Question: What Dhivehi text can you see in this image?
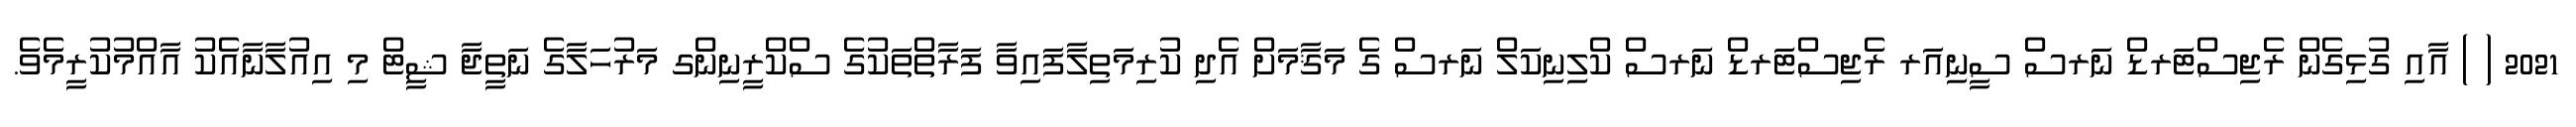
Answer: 2021 ( ) އާއި ގުޅިގެން ރެޖިސްޓަރޑް ނަރސް ސީނިއަރ ރެޖިސްޓަރޑް ނަރސް ކްލިނިކަލް ނަރސް ގެ މަޤާމަށް އެދި ކުރިމަތިލާފައިވާ ފަރާތްތަކުގެ ސްކްރީނިންގ މަރުހަލާގެ ނަތީޖާ ޝީޓް މި އިއުލާނާއެކު އާއްމުކުރީމެވެ.